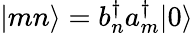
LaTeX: \vert mn\rangle=b_{n}^{\dagger}a_{m}^{\dagger}\vert 0\rangle